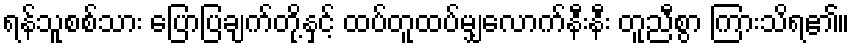
ရန်သူစစ်သား ပြောပြချက်တို့နှင့် ထပ်တူထပ်မျှလောက်နီးနီး တူညီစွာ ကြားသိရ၏။